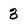
Character: 3